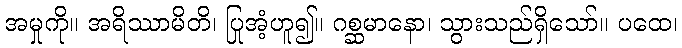
အမှုကို။ အရိဿာမိတိ၊ ပြုအံ့ဟူ၍။ ဂစ္ဆမာနော၊ သွားသည်ရှိသော်။ ပထေ၊